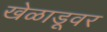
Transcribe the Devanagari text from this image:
खेळाडूवर